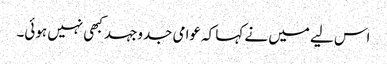
اس لیے میں نے کہا کہ عوامی جدوجہد کبھی نہیں ہوئی۔